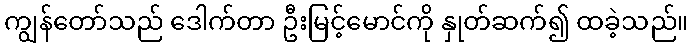
ကျွန်တော်သည် ဒေါက်တာ ဦးမြင့်မောင်ကို နှုတ်ဆက်၍ ထခဲ့သည်။